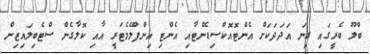
ބްލޫ ބެރީގައި ގިނަ އަދަދަކަށް އެންޓޮއޮކްސިޑެންޓާއި އެންޓި އިންފްލޭމެޓަރީ އާއި ކޮލާގެން ސްޓެބިލައިޒިން